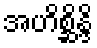
အဟိစ္ဆိန္ဒိ